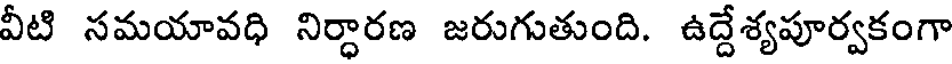
వీటి సమయావధి నిర్ధారణ జరుగుతుంది. ఉద్దేశ్యపూర్వకంగా